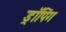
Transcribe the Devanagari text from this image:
ड्रॉपिंग